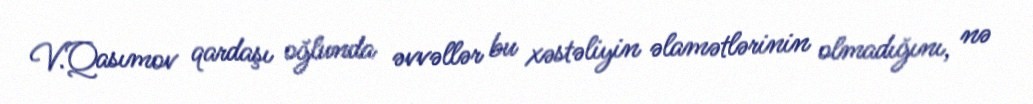
V.Qasımov qardaşı oğlunda əvvəllər bu xəstəliyin əlamətlərinin olmadığını, nə